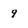
Character: 9